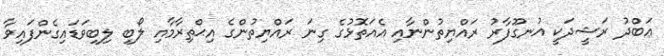
ޢަބްދު ރަޝީދަކީ އުނގޫފާރު ރައްޔިތުންނާއި އެއަތޮޅުގެ ގިނަ ރައްޔިތުންގެ އިޙްތިރާމާއި ލޯބި ލިބިވަޑައިގެންފައިވާ